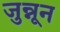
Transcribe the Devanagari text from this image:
जुन्नून